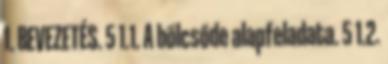
1. BEVEZETÉS. 5 1.1. A bölcsőde alapfeladata. 5 1.2.